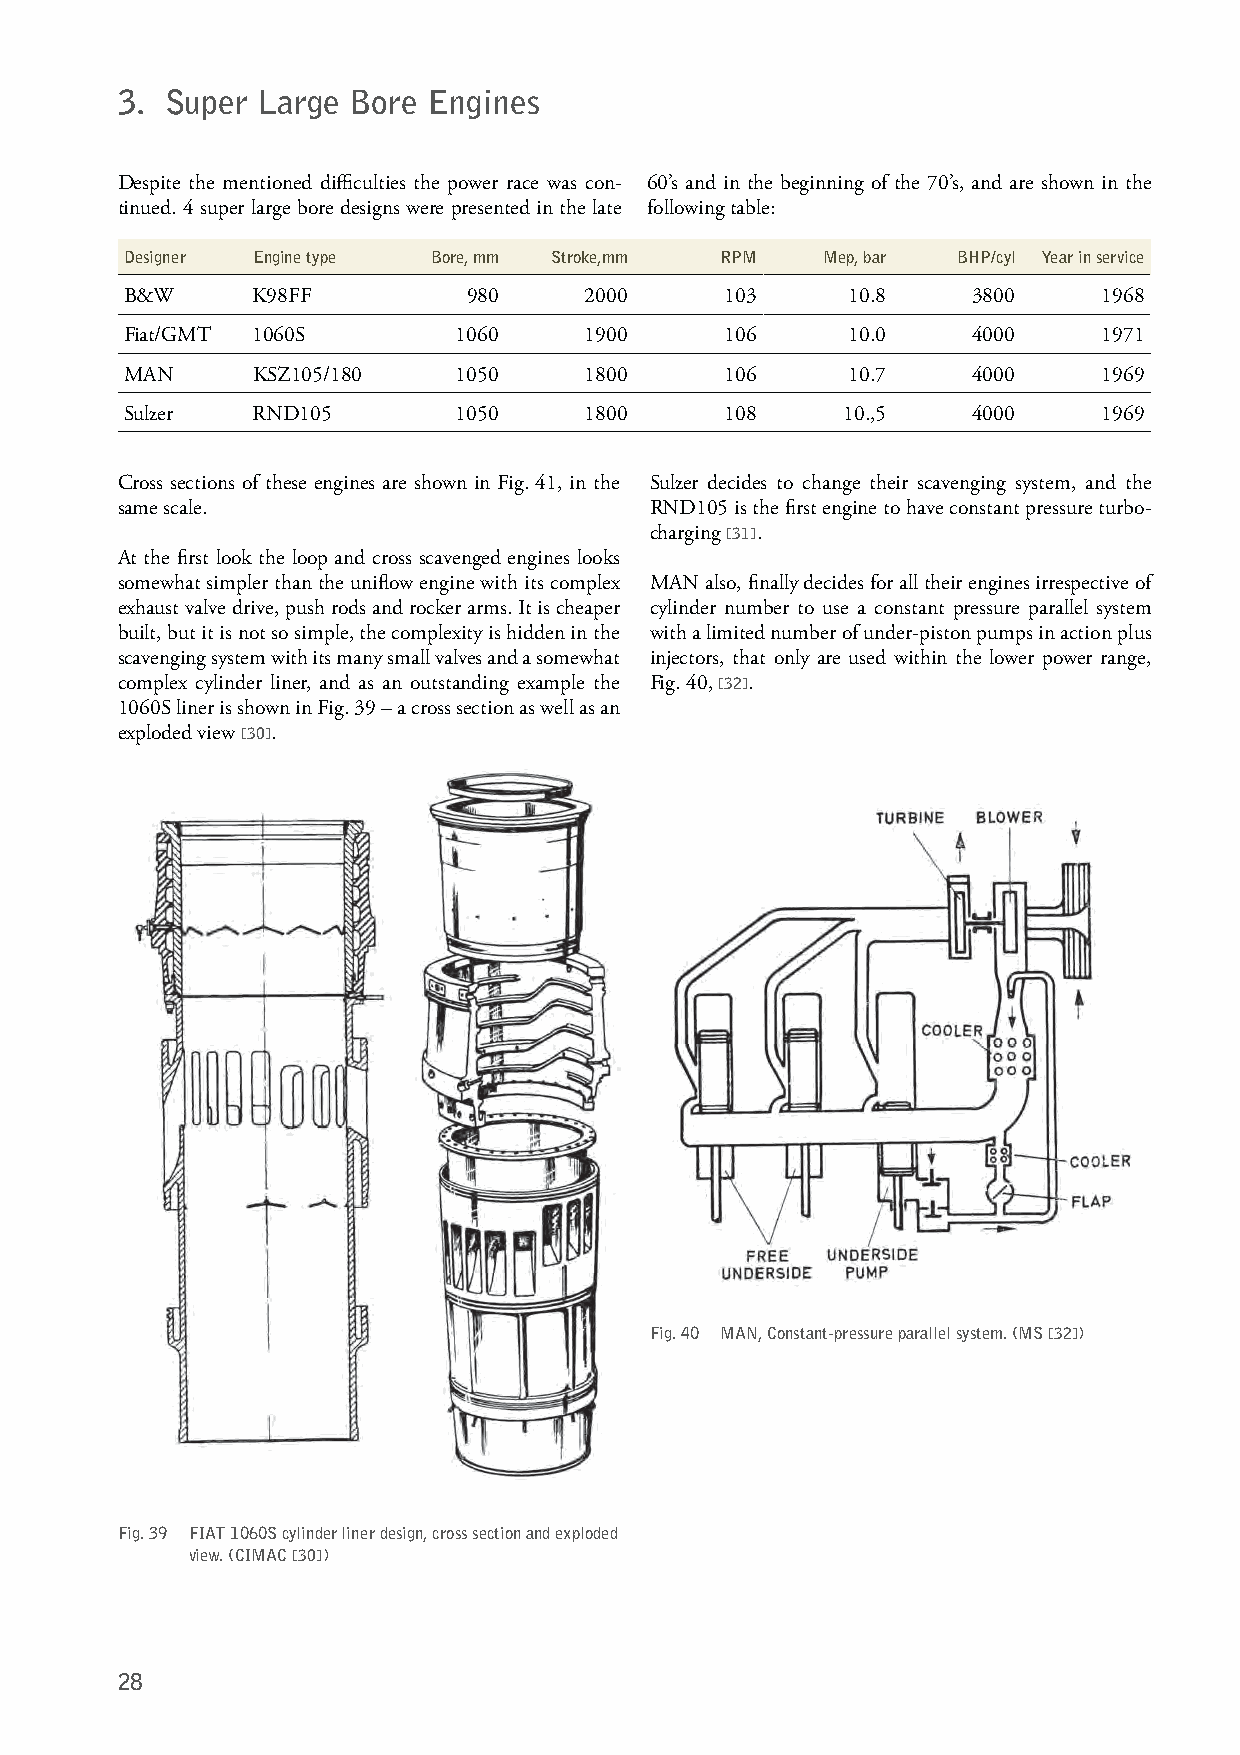
3. Super Large Bore Engines
 Despite the mentioned difficulties the power race was con- 60’s and in the beginning of the 70’s, and are shown in the
 tinued. 4 super large bore designs were presented in the late following table:
 Designer Engine type Bore, mm Stroke,mm RPM    Mep, bar BHP/cyl Year in service
 B&W      K98FF         980     2000     103     10.8    3800     1968
 Fiat/GMT 1060S        1060     1900     106     10.0    4000     1971
 MAN      KSZ105/180   1050     1800     106     10.7    4000     1969
 Sulzer   RND105       1050     1800     108     10.,5   4000     1969
 Cross sections of these engines are shown in Fig. 41, in the Sulzer decides to change their scavenging system, and the
 same scale.                        RND105 is the first engine to have constant pressure turbo-
 charging [31].
 At the first look the loop and cross scavenged engines looks
 somewhat simpler than the uniflow engine with its complex MAN also, finally decides for all their engines irrespective of
 exhaust valve drive, push rods and rocker arms. It is cheaper cylinder number to use a constant pressure parallel system
 built, but it is not so simple, the complexity is hidden in the with a limited number of under-piston pumps in action plus
 scavenging system with its many small valves and a somewhat injectors, that only are used within the lower power range,
 complex cylinder liner, and as an outstanding example the Fig. 40, [32].
 1060S liner is shown in Fig. 39 – a cross section as well as an
 exploded view [30].
 Fig. 40 MAN, Constant-pressure parallel system. (MS [32])
 Fig. 39 FIAT 1060S cylinder liner design, cross section and exploded
 view. (CIMAC [30])
 28